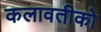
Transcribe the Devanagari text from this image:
कलावतीको